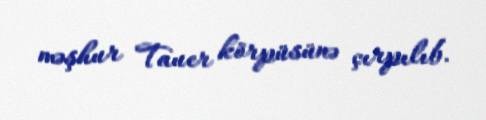
məşhur Tauer körpüsünə çırpılıb.